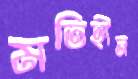
মতিহীন